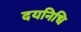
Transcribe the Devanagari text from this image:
दयनिधि